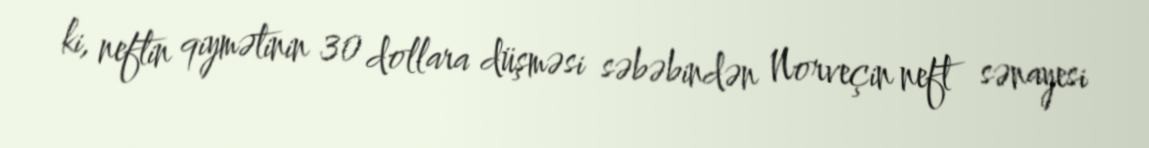
ki, neftin qiymətinin 30 dollara düşməsi səbəbindən Norveçin neft sənayesi